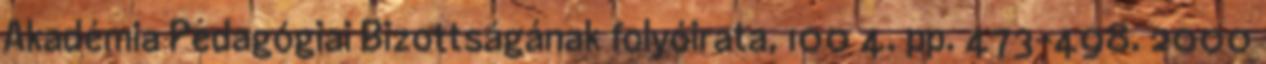
Akadémia Pedagógiai Bizottságának folyóirata, 100 4. pp. 473-498. 2000